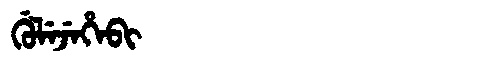
Manchu: ᡤᡠᠯᡝᠵᡝᡥᡝᠪᡳ
Romanization: GULEJEHEBI